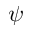
\psi